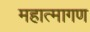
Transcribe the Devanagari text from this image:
महात्मागण